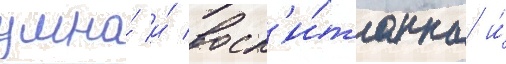
умна́ и́ восп'и́танна и́